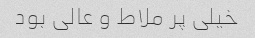
خیلی پر ملاط و عالی بود